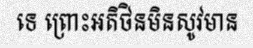
ទេ ព្រោះអតិថិនមិនសូវមាន